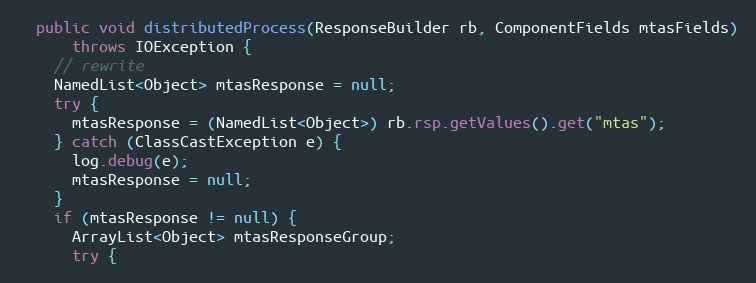
Language: Java
  public void distributedProcess(ResponseBuilder rb, ComponentFields mtasFields)
      throws IOException {
    // rewrite
    NamedList<Object> mtasResponse = null;
    try {
      mtasResponse = (NamedList<Object>) rb.rsp.getValues().get("mtas");
    } catch (ClassCastException e) {
      log.debug(e);
      mtasResponse = null;
    }
    if (mtasResponse != null) {
      ArrayList<Object> mtasResponseGroup;
      try {